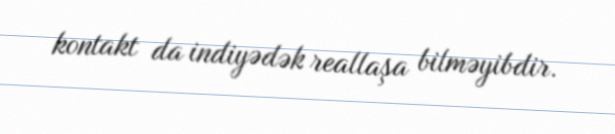
kontakt da indiyədək reallaşa bilməyibdir.